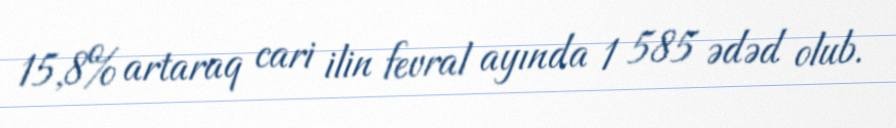
15,8% artaraq cari ilin fevral ayında 1 585 ədəd olub.